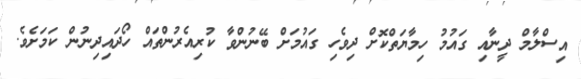
އިސްލާމް ދީނާއި ގައުމު ހިމާޔަތްކޮށް ދިވެހި ގައުމަށް ބޭނުންވާ ކުރިއެރުންތައް ހޯދައިދިނުން ކަމަށެވެ.